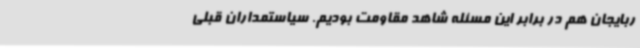
ربایجان هم در برابر این مسئله شاهد مقاومت بودیم. سیاستمداران قبلی